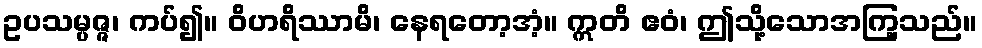
ဥပသမ္ပဇ္ဇ၊ ကပ်၍။ ဝိဟရိဿာမိ၊ နေရတော့အံ့။ ဣတိ ဧဝံ၊ ဤသို့သောအကြ့သည်။